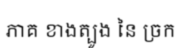
ភាគ ខាងត្បូង នៃ ច្រក